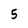
Character: 5